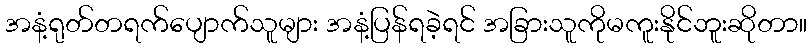
အနံ့ရုတ်တရက်ပျောက်သူများ အနံ့ပြန်ရခဲ့ရင် အခြားသူကိုမကူးနိုင်ဘူးဆိုတာ။